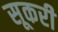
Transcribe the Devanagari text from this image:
सूकरी